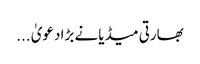
بھارتی میڈیا نے بڑا دعویٰ ...